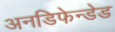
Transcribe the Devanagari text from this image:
अनडिफेन्डेड